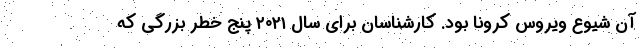
آن شیوع ویروس کرونا بود. کارشناسان برای سال ۲۰۲۱ پنج خطر بزرگی که